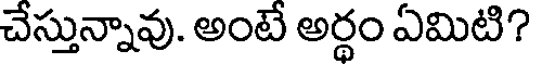
చేస్తున్నావు. అంటే అర్థం ఏమిటి?